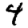
Digit: 4